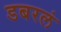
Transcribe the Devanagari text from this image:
डबरलं